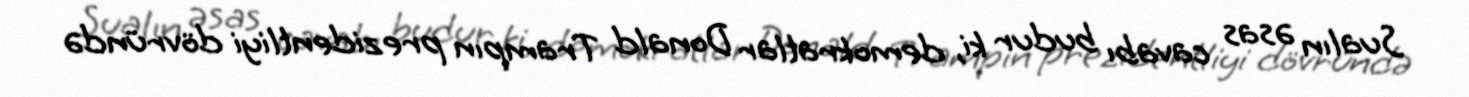
Sualın əsas cavabı budur ki, demokratlar Donald Trampın prezidentliyi dövründə